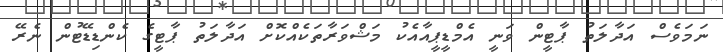
ނަމަވެސް އަދާލަތު ޕާޓީން ވަނީ އެމްޑީޕީއާއެކު މަޝްވަރާތަކެއްކޮށް އަދާލަތު ޕާޓީގެ ކެންޑިޑޭޓުން ނެރޭ